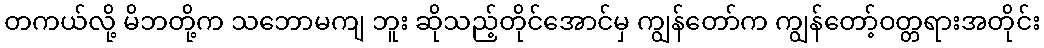
တကယ်လို့ မိဘတို့က သဘောမကျ ဘူး ဆိုသည့်တိုင်အောင်မှ ကျွန်တော်က ကျွန်တော့်ဝတ္တရားအတိုင်း